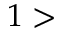
1 >